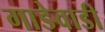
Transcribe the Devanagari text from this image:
गाडेवाडी